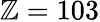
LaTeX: \mathbb{Z}=103